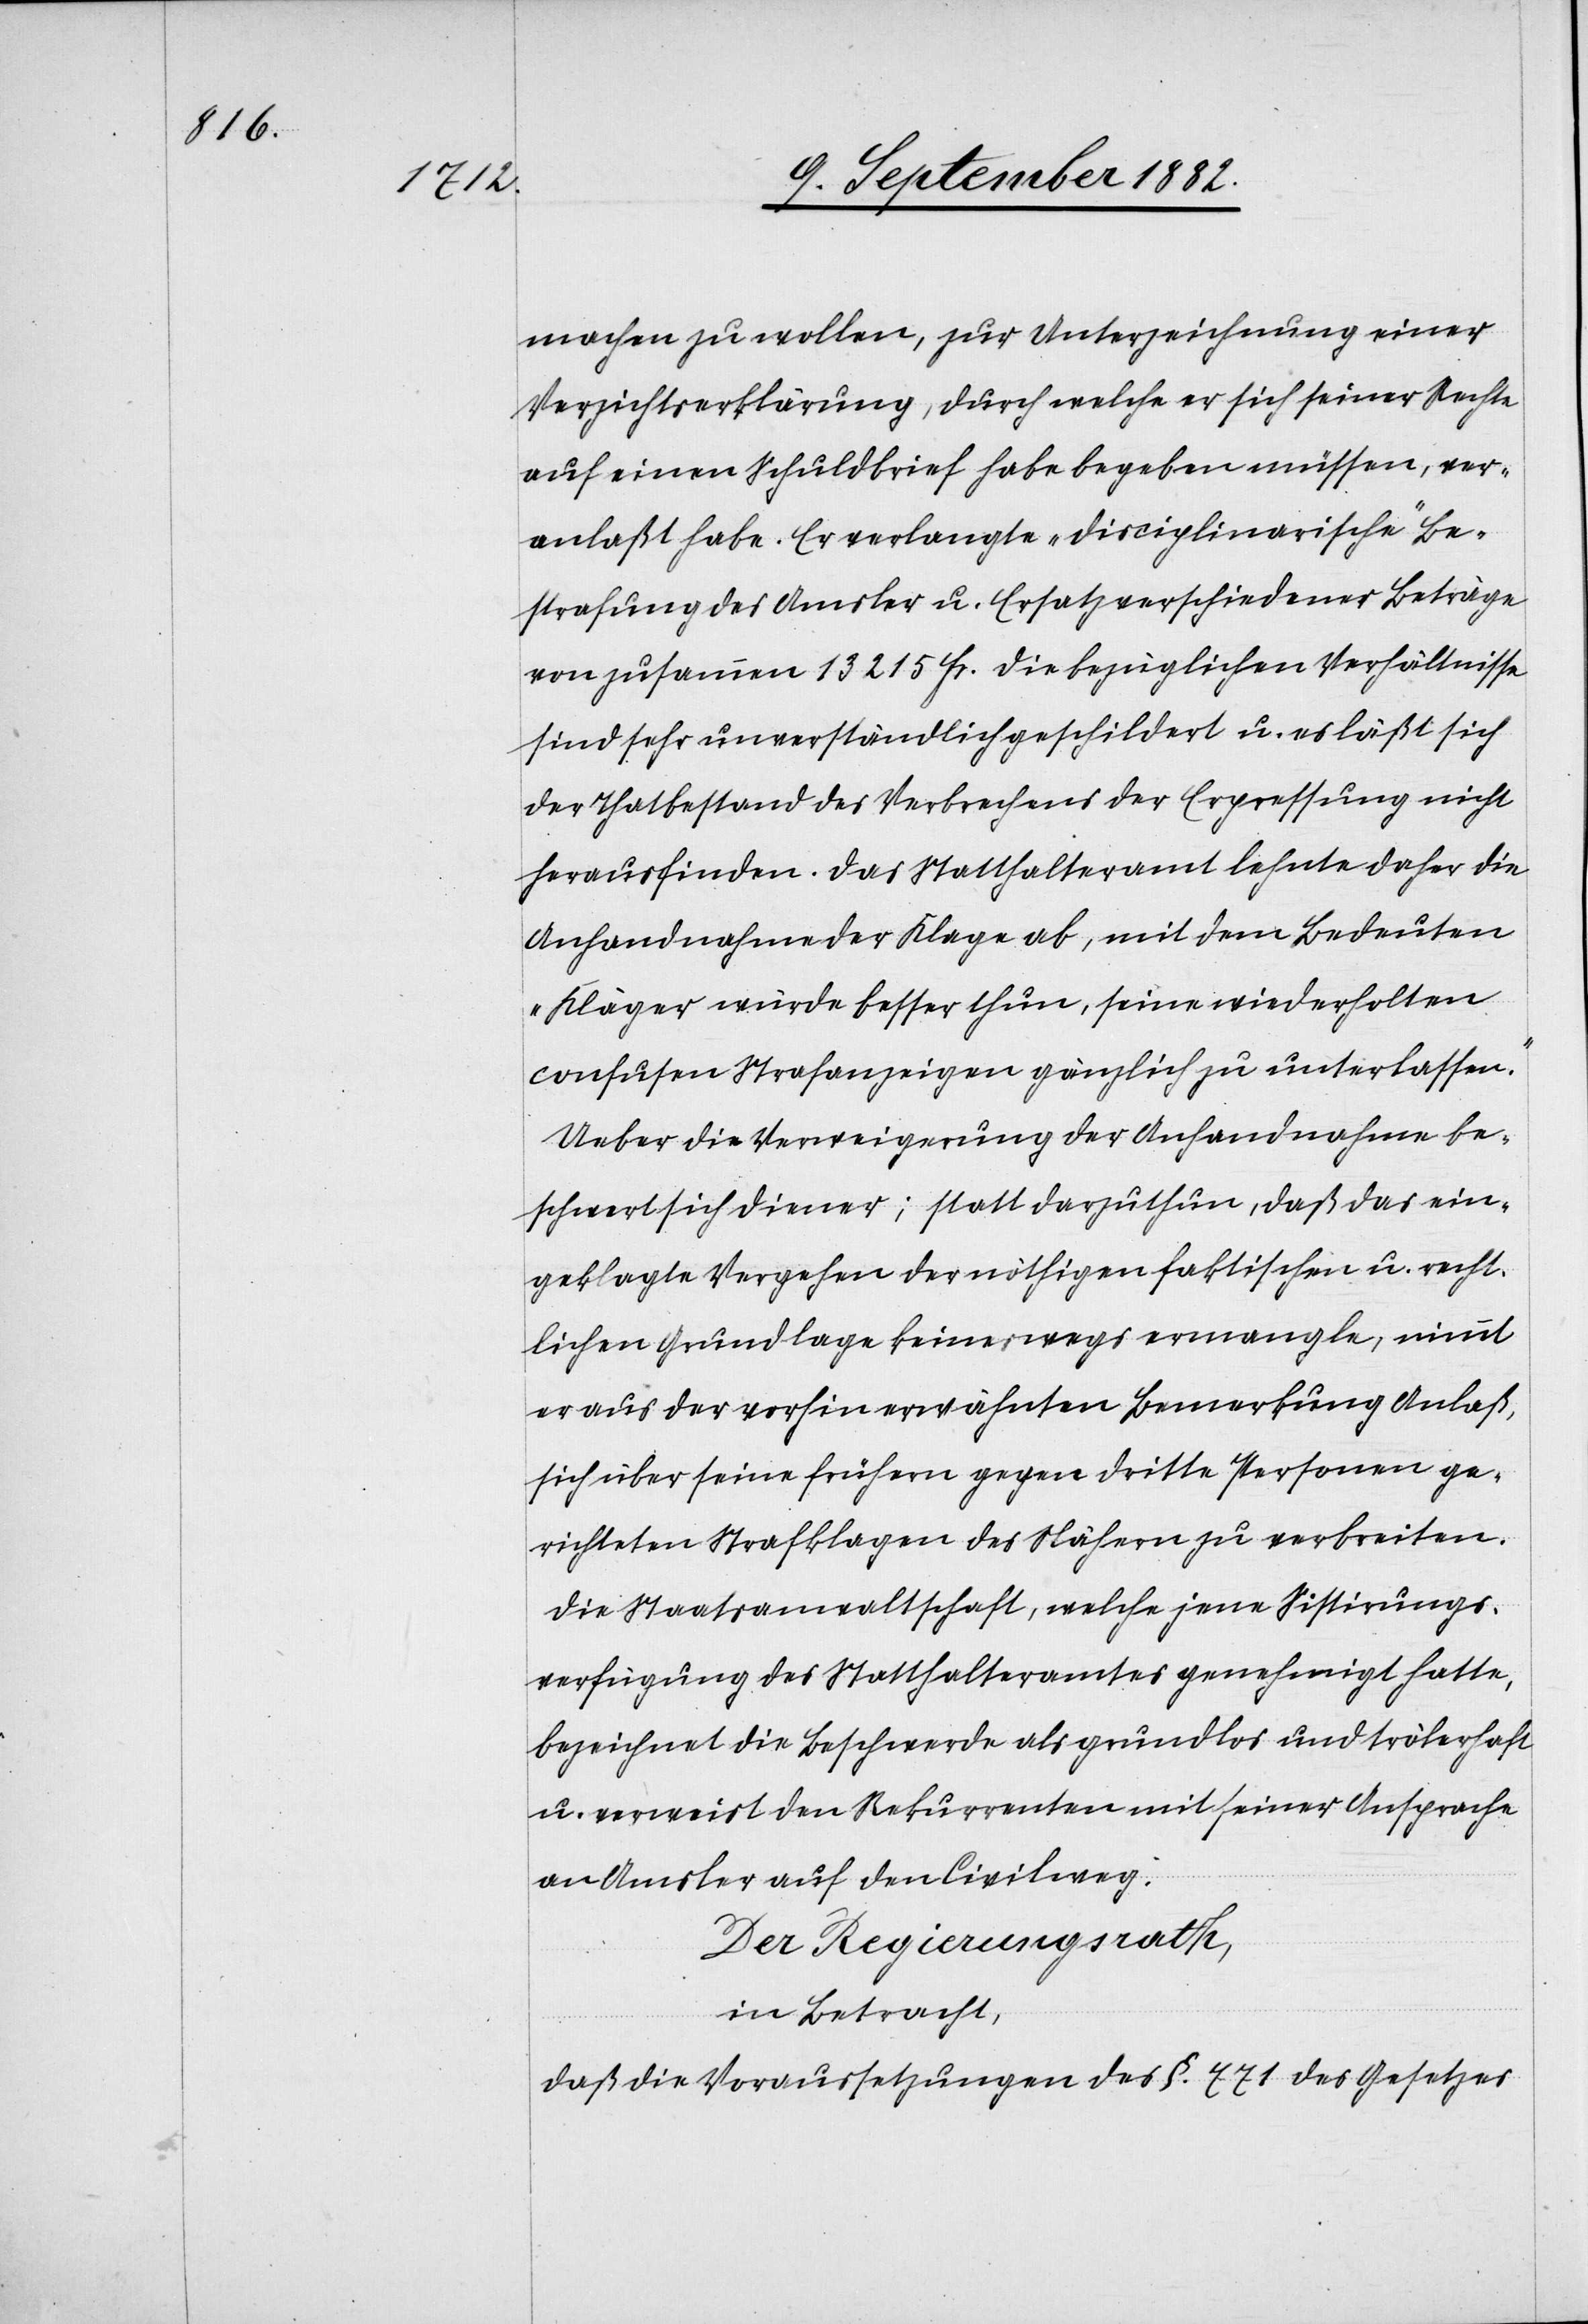
[1)]d¬

machen zu wollen, zur Unterzeichnung einer
Verzichtserklärung, durch welche er sich seiner Rechte
auf einen Schuldbrief habe begeben müssen, ver¬
anlaßt habe. Er verlange „disciplinarische“ Be¬
strafung des Amsler u. Ersatz verschiedener Beträge
von zusammen 13 215 Fr. Die bezüglichen Verhältnisse
sind sehr unverständlich geschildert u. es läßt sich
der Thatbestand des Verbrechens der Erpressung nicht
herausfinden. Das Statthalteramt lehnte daher die
Anhandnahme der Klage ab, mit dem Bedeuten,
„Kläger würde besser thun, seine wiederholten
confusen Strafanzeigen gänzlich zu unterlassen“.
Ueber die Verweigerung der Anhandnahme be¬
schwert sich Diener; statt darzuthun, daß das ein¬
geklagte Vergehen der nöthigen faktischen u. recht¬
lichen Grundlage keineswegs ermangle, nimmt
er aus der vorhin erwähnten Bemerkung Anlaß,
sich über seine frühern gegen dritte Personen ge¬
richteten Strafklagen des Nähern zu verbreiten.
Die Staatsanwaltschaft, welche jene Sistirungs¬
verfügung des Statthalteramtes genehmigt hatte,
bezeichnet die Beschwerde als grundlos und trölerhaft
u. erweist den Rekurrenten mit seiner Ansprache
an Amsler auf den Civilweg.
Der Regierungsrath,
in Betracht,
aß die Voraussetzungen des §. 771 des Gesetzes